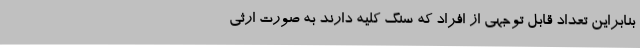
بنابراین تعداد قابل توجهی از افراد که سنگ کلیه دارند به صورت ارثی